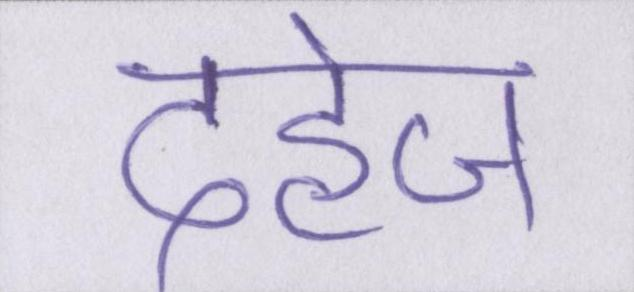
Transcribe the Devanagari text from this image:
दहेज